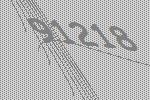
91218